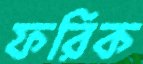
ফরিক